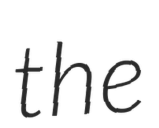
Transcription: the